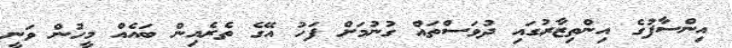
އިންސާފުގެ އިންތިޒާރުގައި ދުވަސްތައް ގުނުމަށް ފަހު އޭގެ ތެރެއިން ބައެއް މީހުން ވަނީ